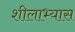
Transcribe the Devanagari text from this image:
शीलाभ्यास